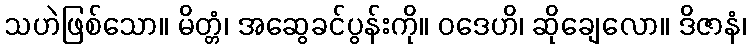
သဟဲဖြစ်သော။ မိတ္တံ၊ အဆွေခင်ပွန်းကို။ ဝဒေဟိ၊ ဆိုချေလော။ ဒိဇာနံ၊